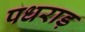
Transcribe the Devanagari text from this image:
पधराड़